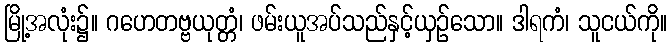
မြို့အလုံး၌။ ဂဟေတဗ္ဗယုတ္တံ၊ ဖမ်းယူအပ်သည်နှင့်ယှဉ်သော။ ဒါရကံ၊ သူငယ်ကို။